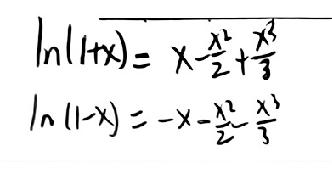
\begin{align*}
\ln(1 + x)&=x-\frac{x^{2}}{2}+\frac{x^{3}}{3}\\
\ln(1 - x)&=-x-\frac{x^{2}}{2}-\frac{x^{3}}{3}
\end{align*}